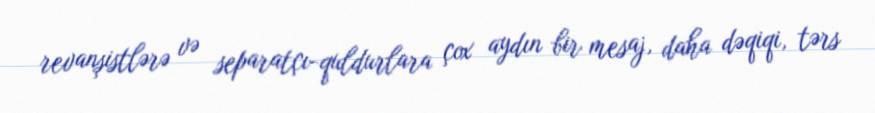
revanşistlərə və separatçı-quldurlara çox aydın bir mesaj, daha dəqiqi, tərs